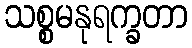
သစ္စမနုရက္ခတာ